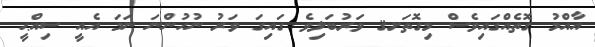
އާއްމު ގޮތެއްގައިވެސް މިގޮތަށޤ ވަރުބަލިވެ ގައިގަ ވަރު ނުހުންނަ ނަމަ އެއީ ސިއްޙީ